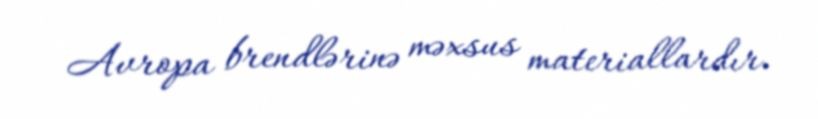
Avropa brendlərinə məxsus materiallardır.